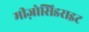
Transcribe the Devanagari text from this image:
मीज़ोसिडराइट